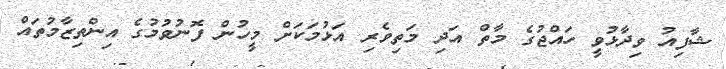
ޝާފިއު ވިދާޅުވީ ހައްޖުގެ މާތް އަދި މަތިވެރި އަޅުމަކަށް މީހުން ފޮނުވުމުގެ އިންތިޒާމުތައް